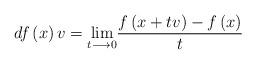
LaTeX: \begin{align*}df\left( x\right) v =\underset{t\longrightarrow0}{\lim}\dfrac{f\left(x+tv\right) -f\left( x\right) }{t}\end{align*}